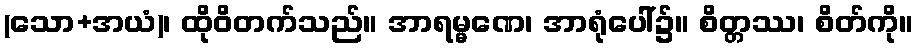
(သော+အယံ)၊ ထိုဝိတက်သည်။ အာရမ္မဏေ၊ အာရုံပေါ်၌။ စိတ္တဿ၊ စိတ်ကို။